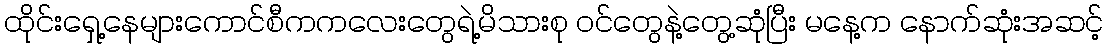
ထိုင်းရှေ့နေများကောင်စီကကလေးတွေရဲ့မိသားစု ဝင်တွေနဲ့တွေ့ဆုံပြီး မနေ့က နောက်ဆုံးအဆင့်